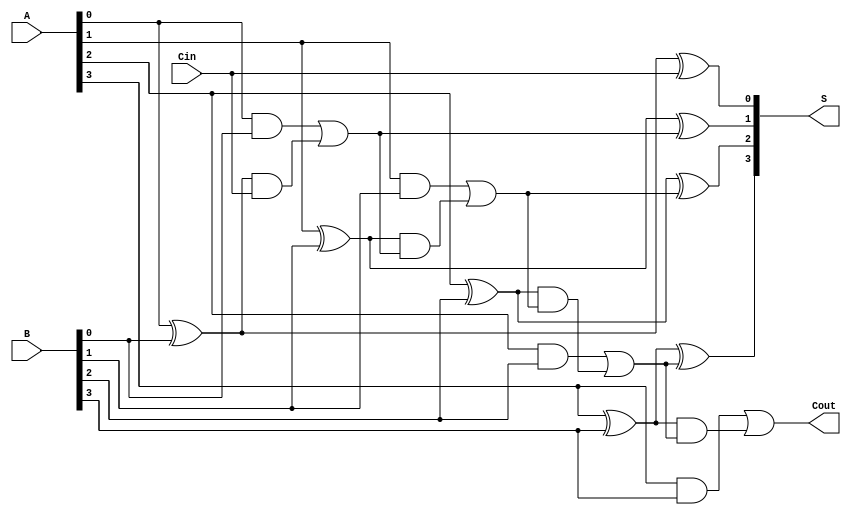
module CarryLookaheadAdder #(parameter n = 4) (
    input [n-1:0] A,      // n-bit input A
    input [n-1:0] B,      // n-bit input B
    input Cin,            // Carry input
    output [n-1:0] S,     // n-bit sum output
    output Cout           // Carry output
);

    // Generate and Propagate signals
    wire [n-1:0] G; // Generate signals
    wire [n-1:0] P; // Propagate signals
    wire [n:0] C;   // Carry signals

    // Generate and Propagate calculations
    genvar i;
    generate
        for (i = 0; i < n; i = i + 1) begin : gen_prop
            assign G[i] = A[i] & B[i];          // Generate
            assign P[i] = A[i] ^ B[i];          // Propagate
        end
    endgenerate

    // Carry calculations
    assign C[0] = Cin; // C0 = Cin
    generate
        for (i = 0; i < n; i = i + 1) begin : carry_calc
            if (i == 0) begin
                assign C[i + 1] = G[i] | (P[i] & C[i]); // C1
            end else begin
                assign C[i + 1] = G[i] | (P[i] & C[i]); // C2, C3, ...
            end
        end
    endgenerate

    // Sum calculations
    generate
        for (i = 0; i < n; i = i + 1) begin : sum_calc
            assign S[i] = A[i] ^ B[i] ^ C[i]; // Si
        end
    endgenerate

    // Carry output
    assign Cout = C[n]; // Final carry out

endmodule